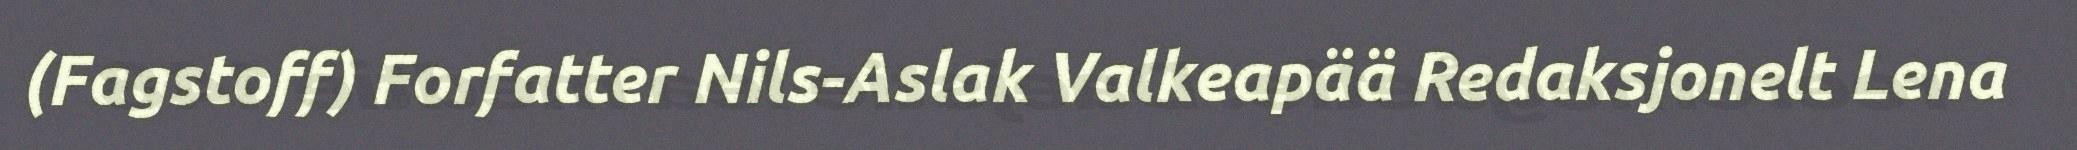
(Fagstoff) Forfatter Nils-Aslak Valkeapää Redaksjonelt Lena